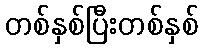
တစ်နှစ်ပြီးတစ်နှစ်